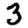
Digit: 3